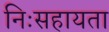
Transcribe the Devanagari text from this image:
निःसहायता